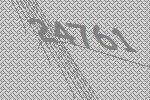
24761